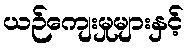
ယဉ်ကျေးမှုများနှင့်